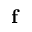
\mathbf { f }